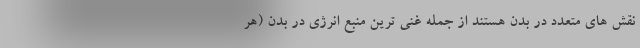
نقش های متعدد در بدن هستند از جمله غنی ترین منبع انرژی در بدن (هر